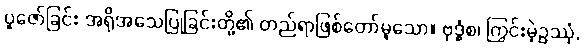
ပူဇော်ခြင်း အရိုအသေပြုခြင်းတို့၏ တည်ရာဖြစ်တော်မူသော။ ဗုဒ္ဓံစ၊ ကြွင်းမဲ့ဥဿုံ,